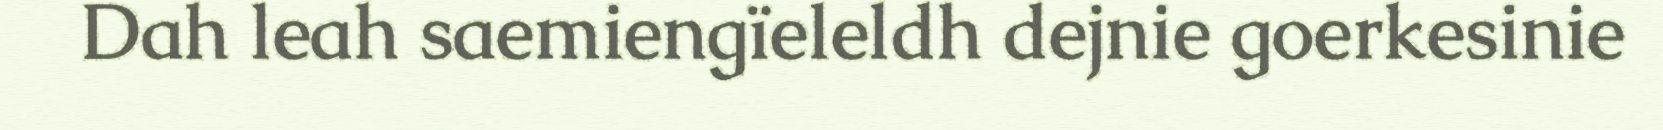
Dah leah saemiengïeleldh dejnie goerkesinie